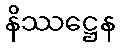
နိဿဋ္ဌေန